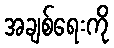
အချစ်ရေးကို